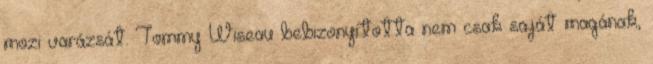
mozi varázsát. Tommy Wiseau bebizonyította nem csak saját magának,